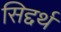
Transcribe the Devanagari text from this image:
सिद्दर्थ